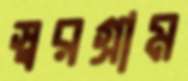
স্বরগ্রাম